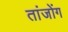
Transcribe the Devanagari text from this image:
तांजोंग